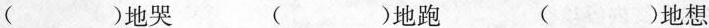
（)地哭（ )地跑 （)地想